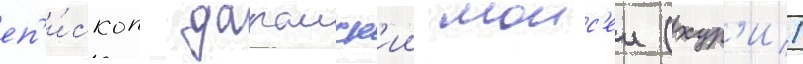
еп'и́скоп дараиск'ии моис'еи (хур'и)